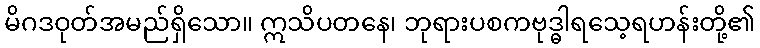
မိဂဒဝုတ်အမည်ရှိသော။ ဣသိပတနေ၊ ဘုရားပစကဗုဒ္ဓါရသေ့ရဟန်းတို့၏